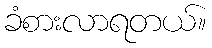
ခံစားလာရတယ်။